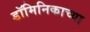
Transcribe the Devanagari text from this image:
डॉमिनिकाच्या